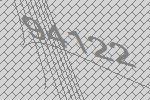
94122